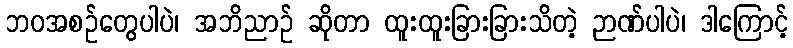
ဘဝအစဉ်တွေပါပဲ၊ အဘိညာဉ် ဆိုတာ ထူးထူးခြားခြားသိတဲ့ ဉာဏ်ပါပဲ၊ ဒါကြောင့်